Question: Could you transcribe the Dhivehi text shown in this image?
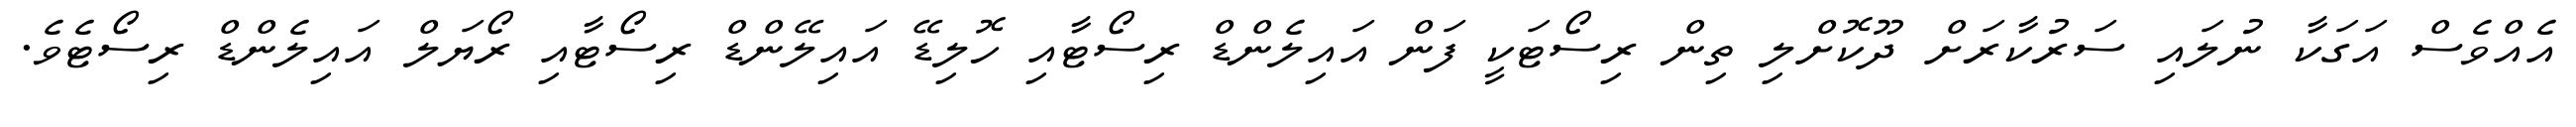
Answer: އެއްވެސް އަގަކާ ނުލައި ސަރުކާރަށް ދޫކޮށްލި ތިން ރިސޯޓަކީ ފަން އައިލެންޑް ރިސޯޓާއި ހޮލިޑޭ އައިލޭންޑް ރިސޯޓާއި ރޯޔަލް އައިލެންޑް ރިސޯޓެވެ.